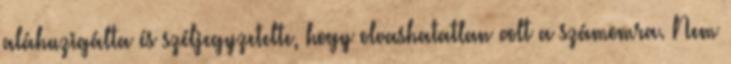
aláhuzigálta és széljegyzetelte, hogy olvashatatlan volt a számomra. Nem